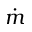
\dot { m }